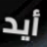
أيد